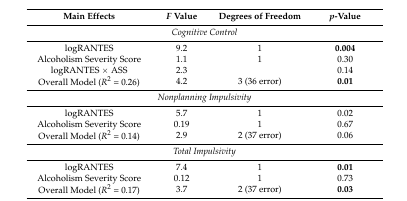
| Main Effects | F Value | Degrees of Freedom | p-Value |
 | --- | --- | --- | --- |
 | <COLSPAN=4> Cognitive Control |
 | logRANTES | 9.2 | 1 | 0.004 |
 | Alcoholism Severity Score | 1.1 | 1 | 0.30 |
 | logRANTES × ASS | 2.3 |  | 0.14 |
 | Overall Model (R2 = 0.26) | 4.2 | 3 (36 error) | 0.01 |
 | <COLSPAN=4> Nonplanning Impulsivity |
 | logRANTES | 5.7 | 1 | 0.02 |
 | Alcoholism Severity Score | 0.19 | 1 | 0.67 |
 | Overall Model (R2 = 0.14) | 2.9 | 2 (37 error) | 0.06 |
 | <COLSPAN=4> Total Impulsivity |
 | logRANTES | 7.4 | 1 | 0.01 |
 | Alcoholism Severity Score | 0.12 | 1 | 0.73 |
 | Overall Model (R2 = 0.17) | 3.7 | 2 (37 error) | 0.03 |